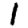
Digit: 1